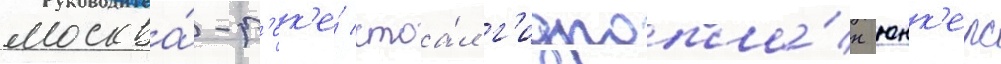
москва́-р'ек'е́ стоа́л г'идропла́н юнк'ерс